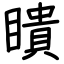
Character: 瞶